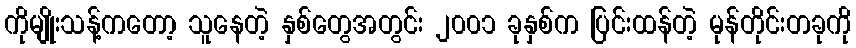
ကိုမျိုးသန့်ကတော့ သူနေတဲ့ နှစ်တွေအတွင်း ၂၀၀၁ ခုနှစ်က ပြင်းထန်တဲ့ မုန်တိုင်းတခုကို